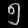
Digit: ၅